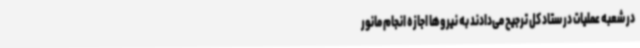
در شعبه عملیات در ستاد کل ترجیح می‌دادند به نیروها اجازه انجام مانور